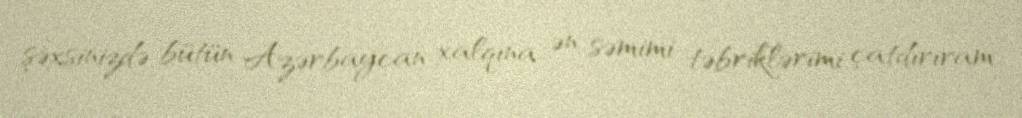
şəxsinizdə bütün Azərbaycan xalqına ən səmimi təbriklərimi çatdırıram.